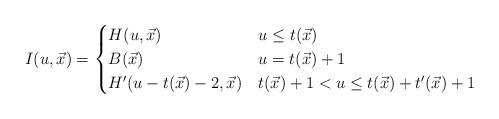
LaTeX: \begin{align*}I(u, \vec{x})=\begin{cases}H(u, \vec{x}) & u \leq t(\vec{x})\\B(\vec{x}) & u= t(\vec{x})+1\\H'(u-t(\vec{x})-2, \vec{x}) & t(\vec{x})+1<u \leq t(\vec{x})+t'(\vec{x})+1\end{cases} \end{align*}